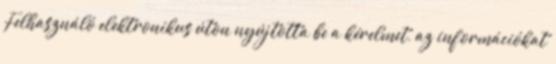
Felhasználó elektronikus úton nyújtotta be a kérelmet, az információkat